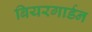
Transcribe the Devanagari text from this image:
बियरगार्डन